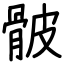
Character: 骳